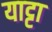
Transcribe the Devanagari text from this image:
याट्टा